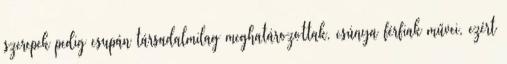
szerepek pedig csupán társadalmilag meghatározottak, csúnya férfiak művei, ezért